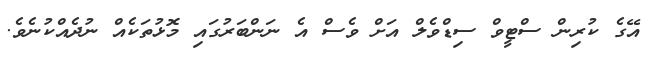
އޭގެ ކުރިން ސްޓީވް ސިޑްވެލް އަށް ވެސް އެ ނަންބަރުގައި މޮޅުތަކެއް ނުދެއްކުނެވެ.